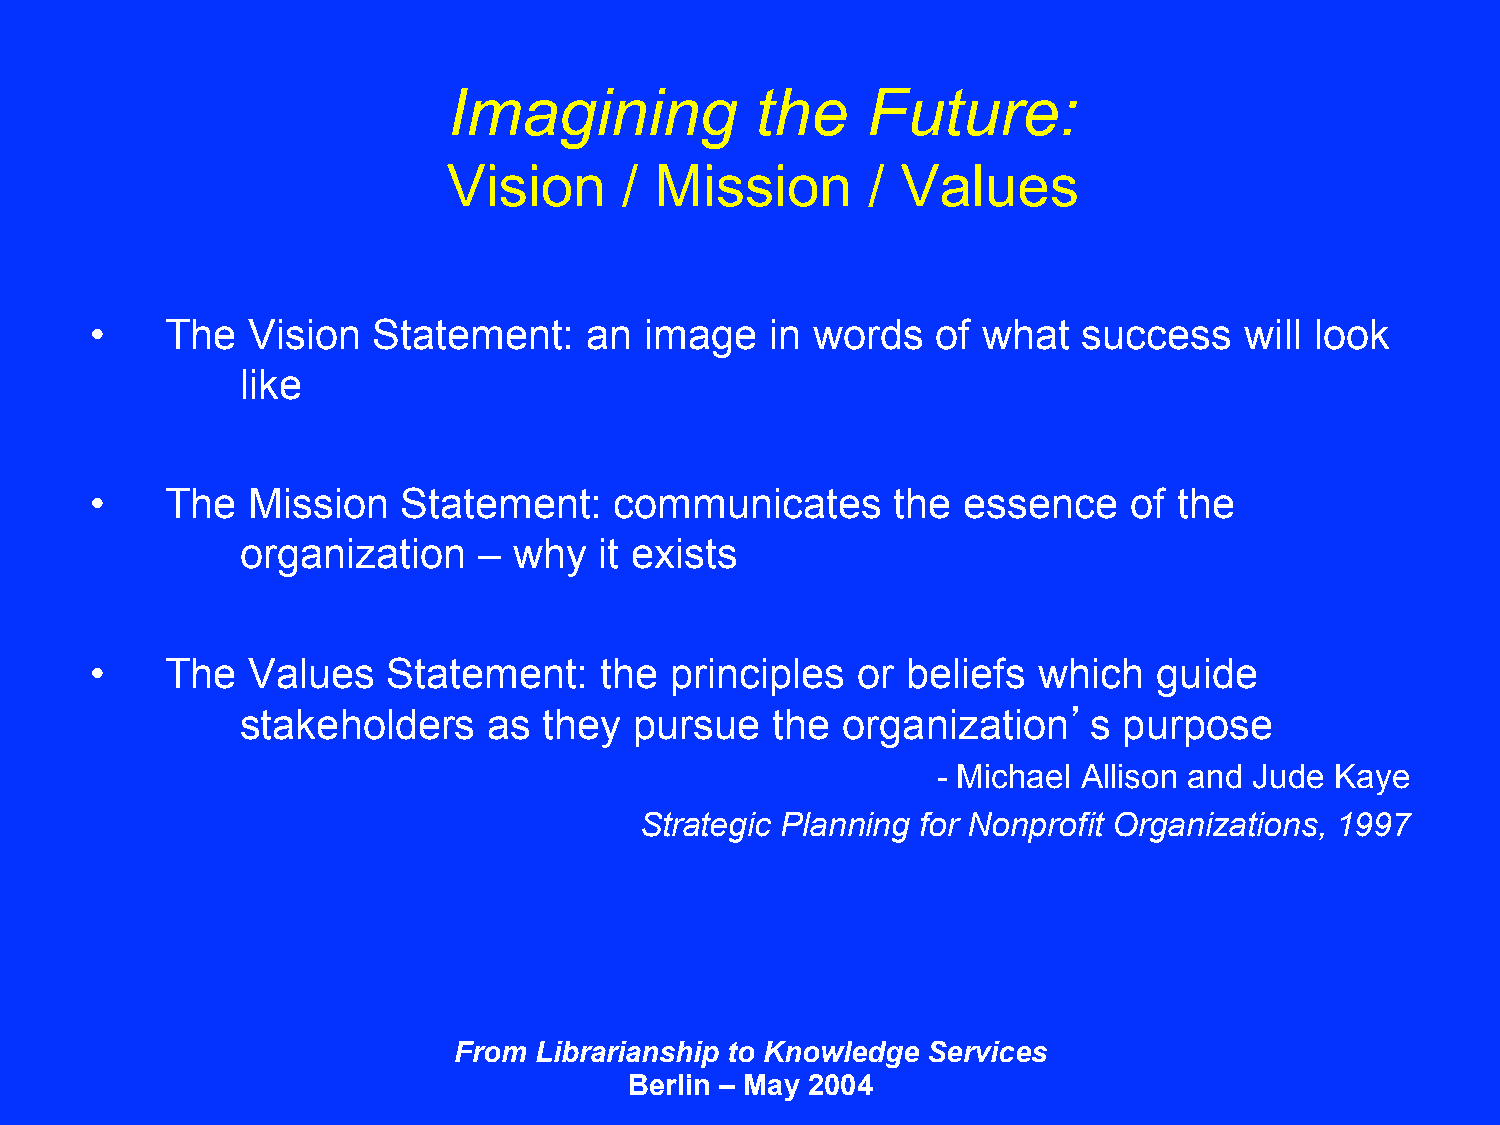
Imagining           the    Future:
 Vision     / Mission       /  Values
 •    The  Vision   Statement:    an  image   in words   of what   success   will look
 like
 •    The  Mission    Statement:    communicates      the  essence    of the
 organization    – why   it exists
 •    The  Values    Statement:    the principles   or beliefs  which   guide
 stakeholders    as  they  pursue   the  organization’s    purpose
 - Michael Allison and Jude Kaye
 Strategic Planning for Nonprofit Organizations, 1997
 From Librarianship to Knowledge Services
 Berlin – May 2004